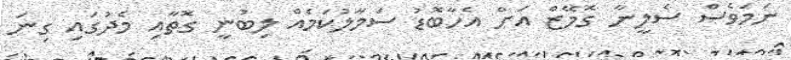
ނަމަވެސް ސެލީނާ ގޮމޭޒް އަށް އެހާބޮޑު ސަމާލުކަމެއް ލިބުނީ ގޮތާއި މެދުގައި ގިނަ